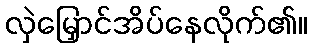
လှဲမြှောင်အိပ်နေလိုက်၏။